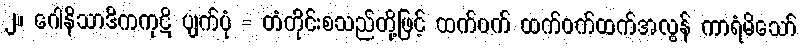
၂။ ဂေါနိသာဒိကကုဋိ ပျက်ပုံ = တံတိုင်းစသည်တို့ဖြင့် ထက်ဝက် ထက်ဝက်ထက်အလွန် ကာရံမိသော်